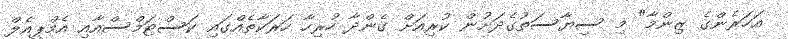
އަހަރެންގެ ޒިންމާ" މި ސިޔާސަތުގެދަށުން ކުރިއަށް ގެންދާ ހުރިހާ ހަރަކާތެއްގައި ކަސްޓަމްސްއާއި އެމްޕީއެލް